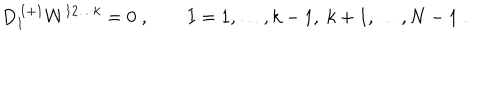
LaTeX: D _ { I } ^ { \, I + 1 } W ^ { 1 2 \ldots k } = 0 \; , \qquad I = 1 , \ldots , k - 1 , \ k + 1 , \ldots , N - 1 \; .